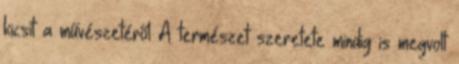
kicsit a művészetéről A természet szeretete mindig is megvolt